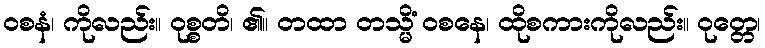
ဝစနံ၊ ကိုလည်း။ ဝုစ္စတိ၊ ၏။ တထာ တသ္မိံ ဝစနေ၊ ထိုစကားကိုလည်း။ ဝုတ္တေ၊